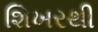
શિખરથી